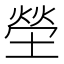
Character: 塋